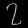
Digit: ၇